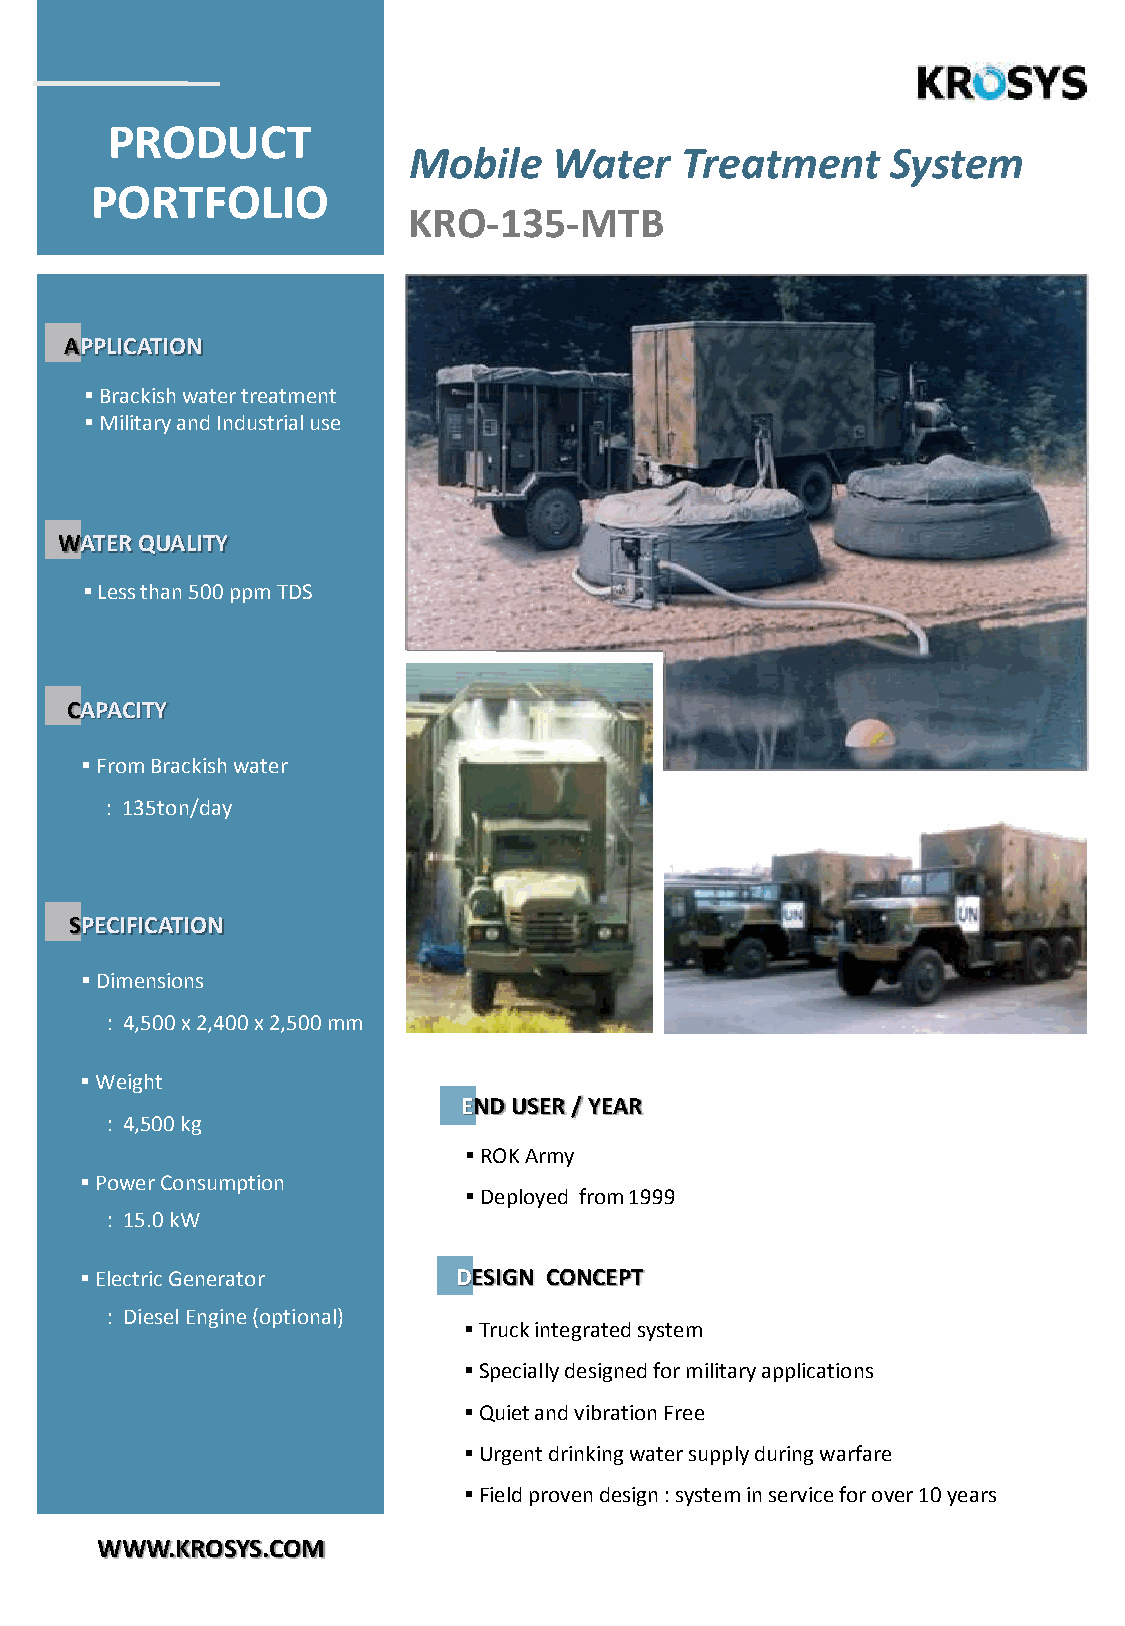
PRODUCT
 Mobile    Water   Treatment     System
 PORTFOLIO
 KRO-135-MTB
 APPLICATION
 ▪Brackish water treatment
 ▪Military and Industrial use
 WATER QUALITY
 ▪Less than 500 ppm TDS
 CAPACITY
 KRO-135-MTB
 ▪FromBrackish water
 : 135ton/day
 SPECIFICATION
 ▪Dimensions
 : 4,500 x 2,400 x 2,500 mm Waterproof Test
 ▪Weight
 END USER / YEAR
 : 4,500 kg
 ▪ROK Army
 ▪Power Consumption
 ▪Deployed from 1999
 : 15.0 kW
 ▪Electric Generator      DESIGN CONCEPT
 : Diesel Engine (optional)
 ▪Truck integrated system
 ▪Specially designed for military applications
 ▪Quiet and vibration Free
 ▪Urgent drinking water supply during warfare
 ▪Field proven design : system in service for over 10 years
 WWW.KROSYS.COM